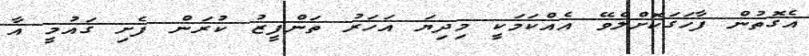
އެގޮތުން ފާހަގަކޮށްލެވޭ އެއްކަމަކީ މިދިޔަ އަހަރު ތަންފީޒު ކުރަން ފެށި ގައުމީ އާ